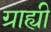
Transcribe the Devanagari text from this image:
ग्राह्यी